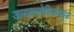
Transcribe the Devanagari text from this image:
डायक्लोफिनॅकमुळे